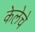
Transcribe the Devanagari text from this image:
केलेचे